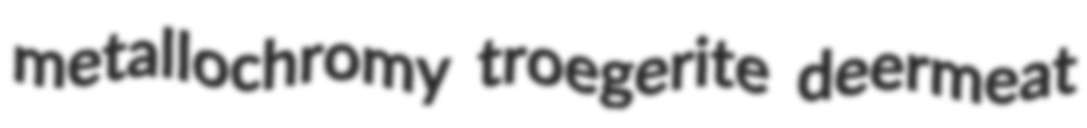
metallochromy troegerite deermeat